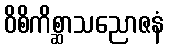
ဝိစိကိစ္ဆာသညောဇနံ